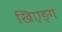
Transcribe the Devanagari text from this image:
खिएङ्ग